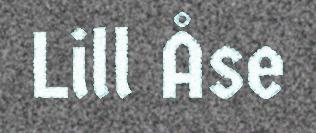
Lill Åse